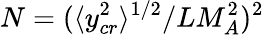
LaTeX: N=(\langle y_{cr}^{2}\rangle^{1/2}/LM_{A}^{2})^{2}